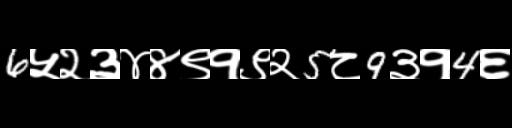
Text: 6५२३४४९१९२5८9३१4६